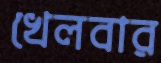
খেলবার